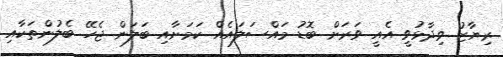
ރިޔާޒު ވިދާޅުވީ އެއީ ވަރަށް ބޮޑު މައްސަލައެއް ކަމަށާއި ބަލަން ޖެހޭ ބެލުންތަކާއި